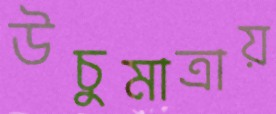
উচুমাত্রায়